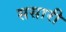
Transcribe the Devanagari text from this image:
ससारी